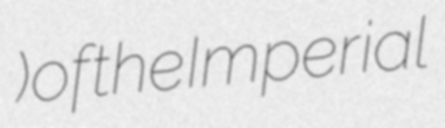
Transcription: ) of the Imperial